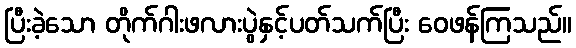
ပြီးခဲ့သော တိုက်ဂါးဖလားပွဲနှင့်ပတ်သက်ပြီး ဝေဖန်ကြသည်။